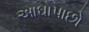
આઘોપાછો